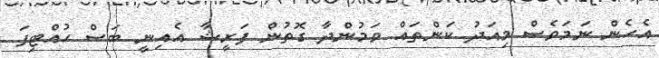
އެހެން ނަމަވެސް މިއަދު ކަންތައް ވަމުންދާ ގޮތުން ފަރީޝާ އެއިނީ ބަސް ހުއްޓިފަ